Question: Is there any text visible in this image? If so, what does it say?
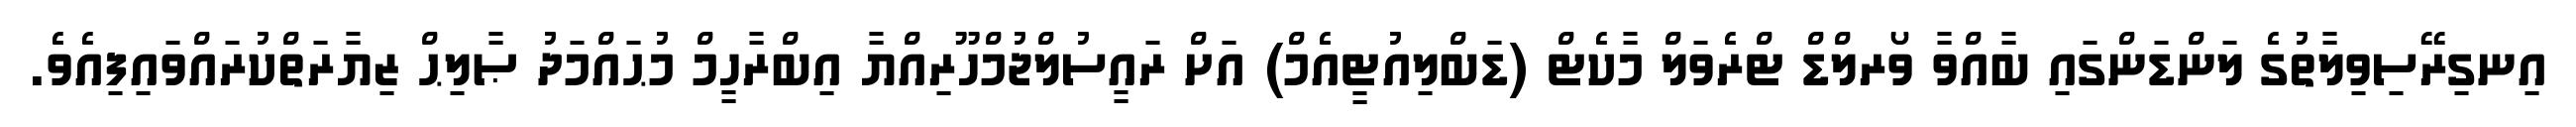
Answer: އިނގިރޭސިވިލާތުގެ ލަންޑަންގައި ބާއްވާ ވޯރލްޑް ޓްރެވަލް މާކެޓް (ޑަބްލިއުޓީއެމް) އަށް ރައީސުލްޖުމްހޫރިއްޔާ އިބްރާހީމް މުޙައްމަދު ޞާލިޙް ޒިޔާރަތްކުރައްވައިފިއެވެ.